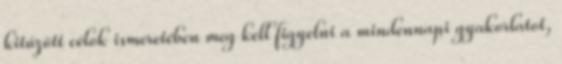
kitűzött célok ismeretében meg kell figyelni a mindennapi gyakorlatot,